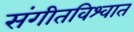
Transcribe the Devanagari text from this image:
संगीतविश्वात